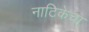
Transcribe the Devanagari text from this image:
नाटिकेचा